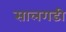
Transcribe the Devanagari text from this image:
सालगडी